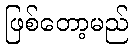
ဖြစ်တော့မည်